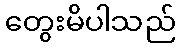
တွေးမိပါသည်